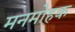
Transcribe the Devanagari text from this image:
मनमोहक